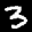
Label: 3